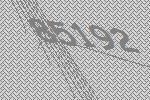
85192